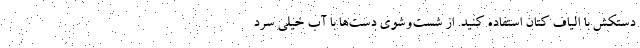
دستکش با الیاف کتان استفاده کنید. از شست‌وشوی دست‌ها با آب خیلی سرد